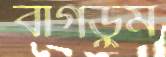
বাগডুম